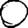
Digit: 0